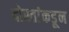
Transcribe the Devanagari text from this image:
दोस्तांकडून